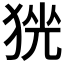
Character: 𱮃